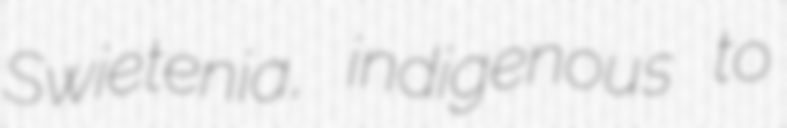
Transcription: Swietenia, indigenous to